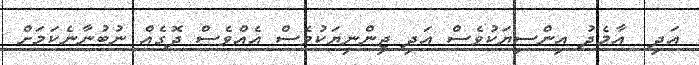
އަދި  އާމެދު އިންސިޔަކުވެސް އަދި ޖިންނިޔަކުވެސް އެއްވެސް ދޮގެއް ނުބުނާނެކަމަށް